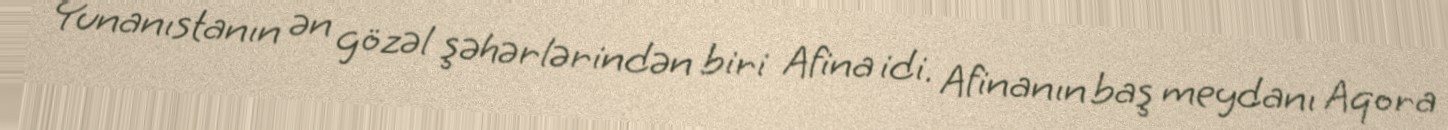
Yunanıstanın ən gözəl şəhərlərindən biri Afina idi. Afinanın baş meydanı Aqora